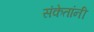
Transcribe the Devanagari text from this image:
संकेतांनी